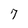
Character: 7